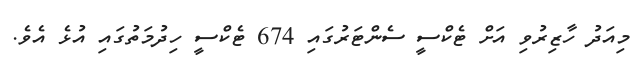
މިއަދު ހާޒިރުވި އަށް ޓެކްސީ ސެންޓަރުގައި 674 ޓެކްސީ ހިދުމަތުގައި އުޅެ އެވެ.